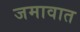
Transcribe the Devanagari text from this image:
जमावात